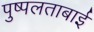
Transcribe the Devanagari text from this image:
पुष्पलताबाई